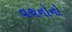
વચનોનો